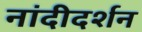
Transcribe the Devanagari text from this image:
नांदीदर्शन